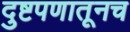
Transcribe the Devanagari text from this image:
दुष्टपणातूनच